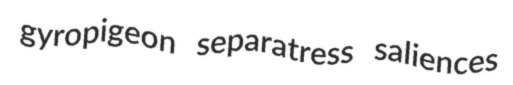
gyropigeon separatress saliences